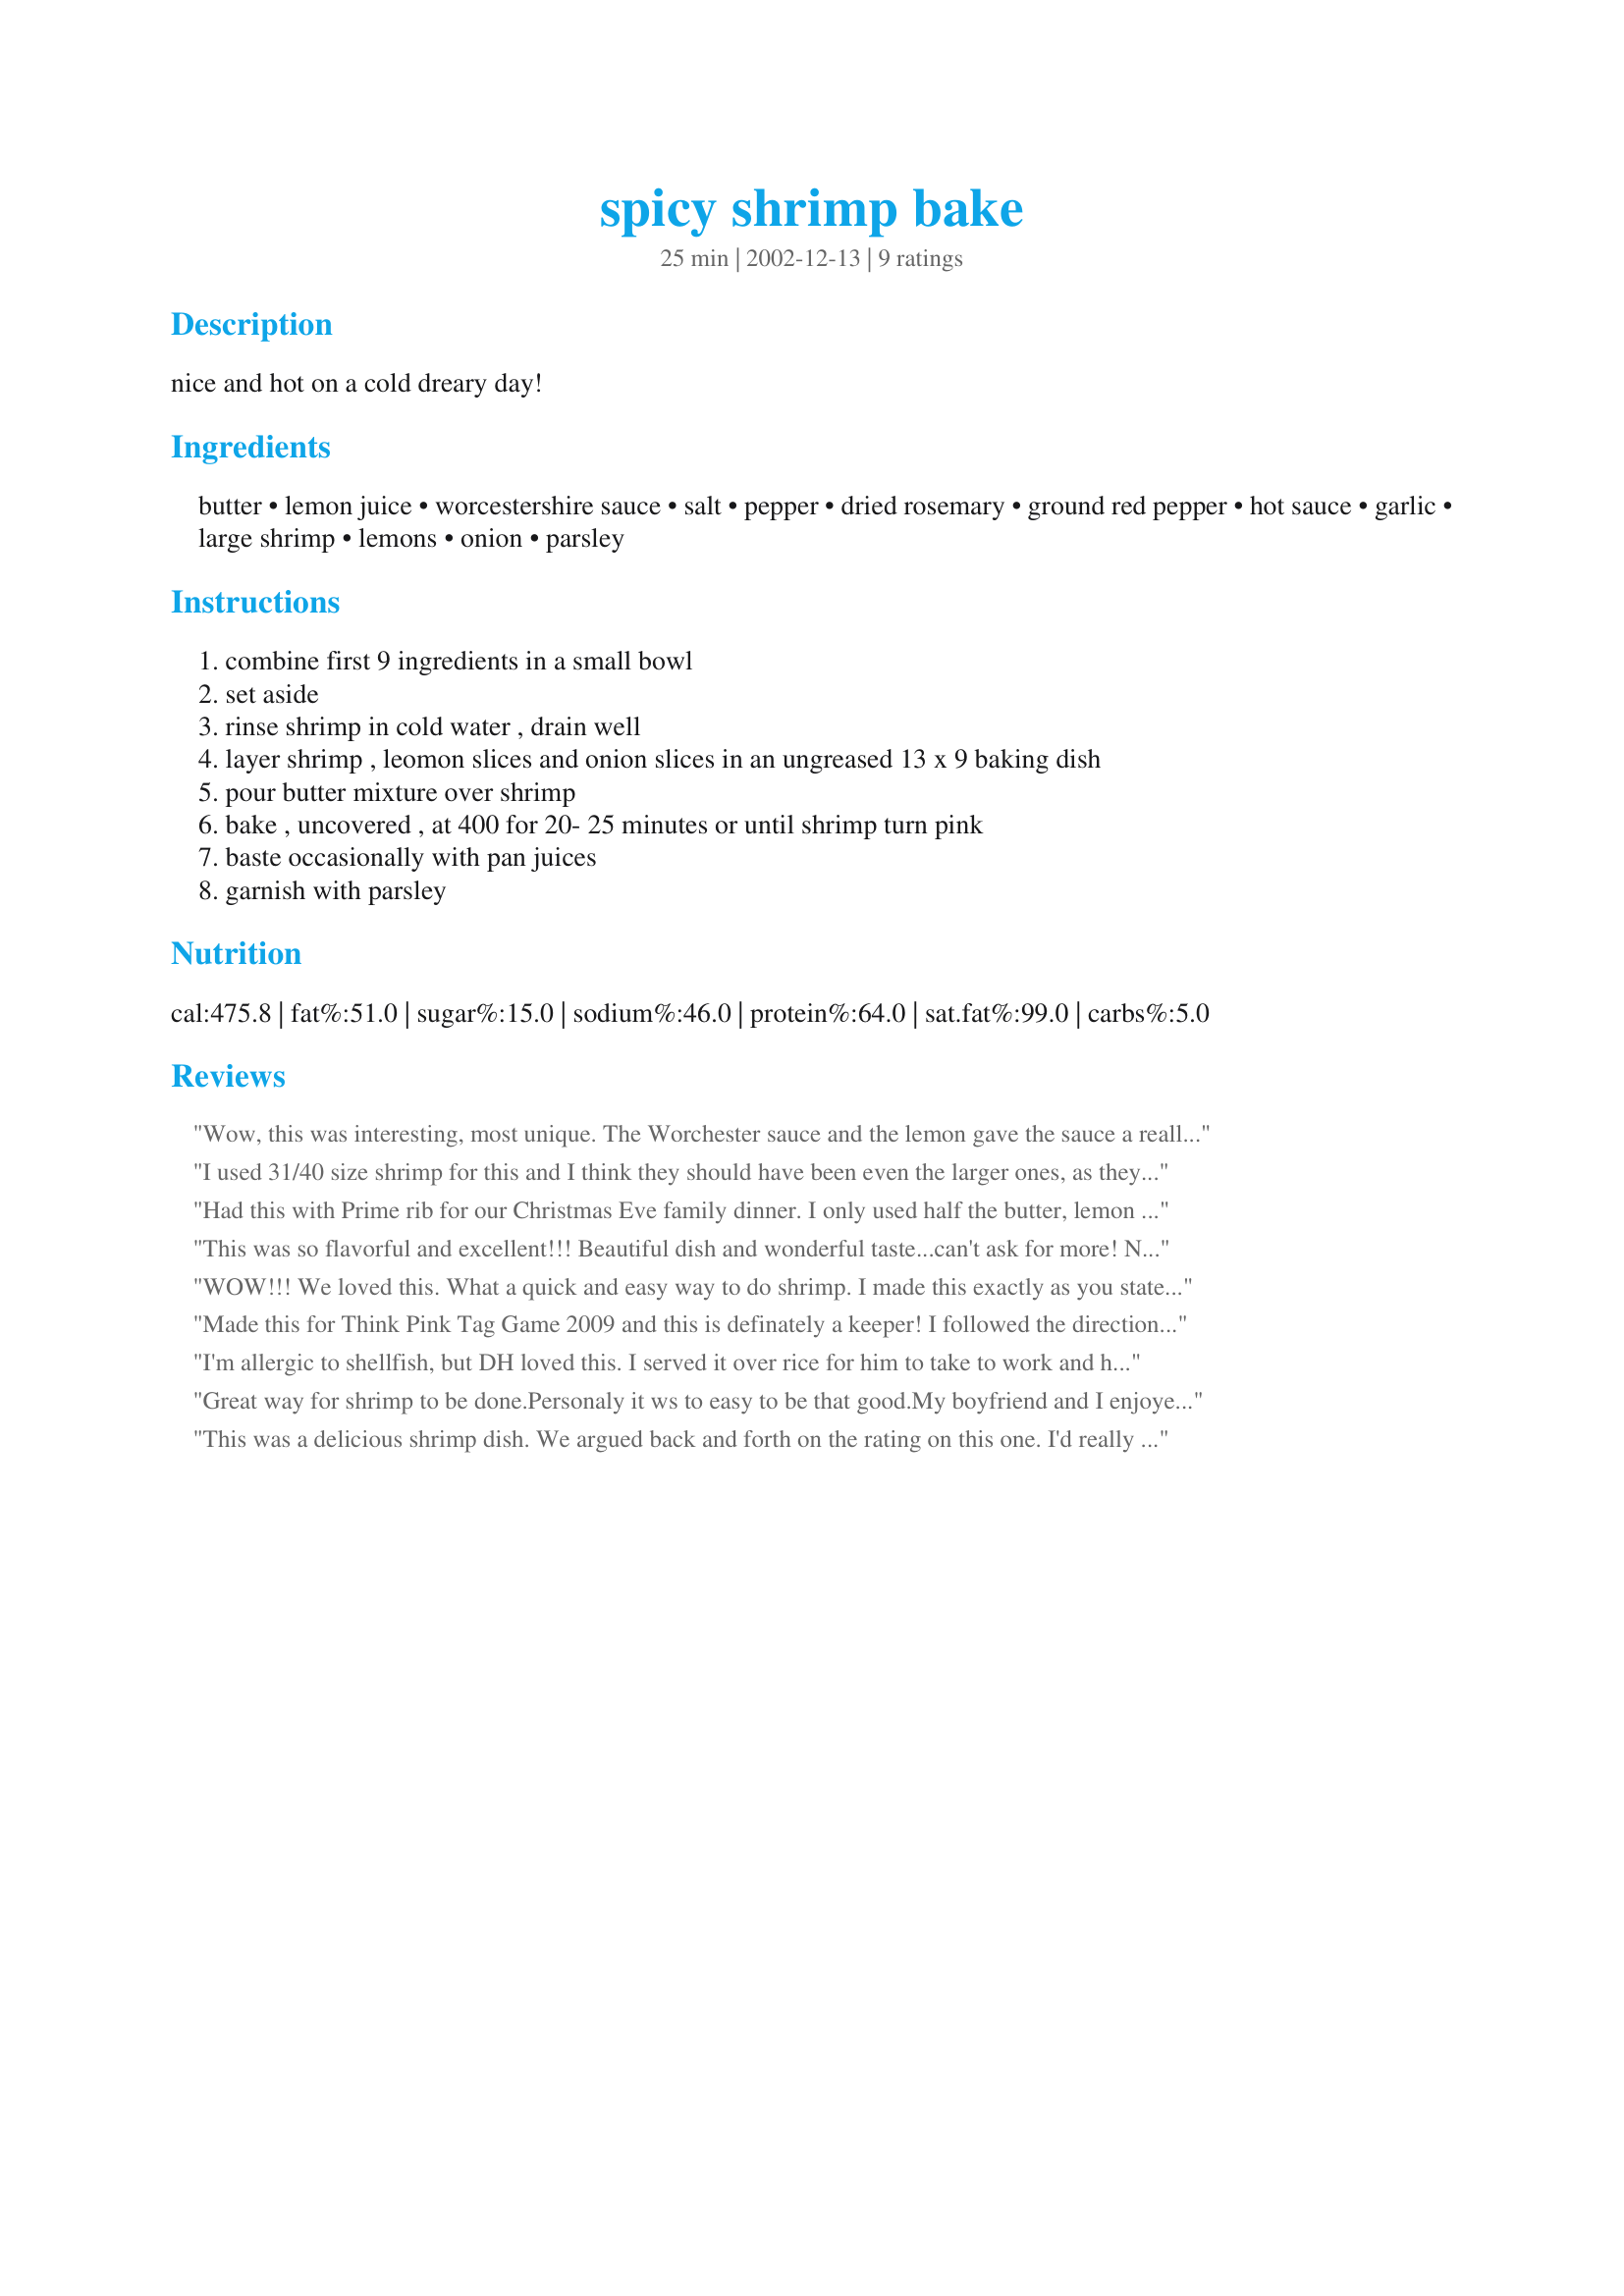
spicy shrimp bake
Preparation time: 25 minutes

nice and hot on a cold dreary day!

Ingredients:
butter, lemon juice, worcestershire sauce, salt, pepper, dried rosemary, ground red pepper, hot sauce, garlic, large shrimp, lemons, onion, parsley

Steps:
combine first 9 ingredients in a small bowl, set aside, rinse shrimp in cold water , drain well, layer shrimp , leomon slices and onion slices in an ungreased 13 x 9 baking dish, pour butter mixture over shrimp, bake , uncovered , at 400 for 20- 25 minutes or until shrimp turn pink, baste occasionally with pan juices, garnish with parsley

Reviews:
Wow, this was interesting, most unique. The Worchester sauce and the lemon gave the sauce a really tangy tast, with the butter softening it a bit. I tasted the sauce in advance and didn't think I'd like it that much, but when done with the prawns it was excellent. Could easily be made in a pan or even in a microwave oven. Served with some brown rice, yum!
I used 31/40 size shrimp for this and I think they should have been even the larger ones, as they cooked in probably 15-20 minutes. I halved the sauce ingredients and that was fine. Very nice taste with just a little kick to it.
Had this with Prime rib for our Christmas Eve family dinner. I only used half the butter, lemon juice and worcestershire sauce that it called for and for my taste, it was perfect. I was looking for a baked shrimp dish and this recipe more than filled the bill. Thanks for posting this wonderful tasting recipe!
This was so flavorful and excellent!!! Beautiful dish and wonderful taste...can't ask for more! Next time I think i will cook it at 350 for 15-20 minutes (I think my shrimp were just small)Thank you for posting such a wonderful recipe!
WOW!!! We loved this. What a quick and easy way to do shrimp. I made this exactly as you stated except I used green onions because that is what I had on hand and I was too lazy to run to the store. Anyway, it was a great dish and I have put it in my "keeper" notebook. Thank you so much for sharing. :-)
Made this for Think Pink Tag Game 2009 and this is definately a keeper! I followed the directions to a tee and served it with Recipe#390498#390498 and a side of bread...wonderful! Thank you for a delicious recipe.
I'm allergic to shellfish, but DH loved this. I served it over rice for him to take to work and heat up. He said it reheated well. I'll make it again maybe for a dinner party or something. Thanks for sharing.
Great way for shrimp to be done.Personaly it ws to easy to be that good.My boyfriend and I enjoyed it greatly.We had some left overs i might suggest not puting it in the microwave to reheat, made teh shrimp liek rubber but still good.We used some of the sauce from the shrimp to cook some rice for a side{A LITTLE GOES A LONG WAY},gave teh rice a excellent flair.
This was a delicious shrimp dish. We argued back and forth on the rating on this one. I'd really like to give it a 4.5, LOL! I love lemon, but this is a bit TOO lemony for me. Other than that, perfect. I'll make it again with just a bit less lemon and worcestshire. Thanks for the recipe!
